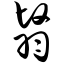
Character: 翳